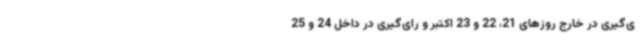
ی‌گیری در خارج روزهای 21، 22 و 23 اکتبر و رای‌گیری در داخل 24 و 25